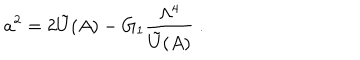
LaTeX: a ^ { 2 } = 2 \tilde { U } ( A ) - G _ { 1 } { \frac { \Lambda ^ { 4 } } { \tilde { U } ( A ) } } \ .